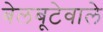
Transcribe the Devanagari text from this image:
बेलबूटेवाले